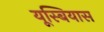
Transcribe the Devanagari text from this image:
यूस्बियास